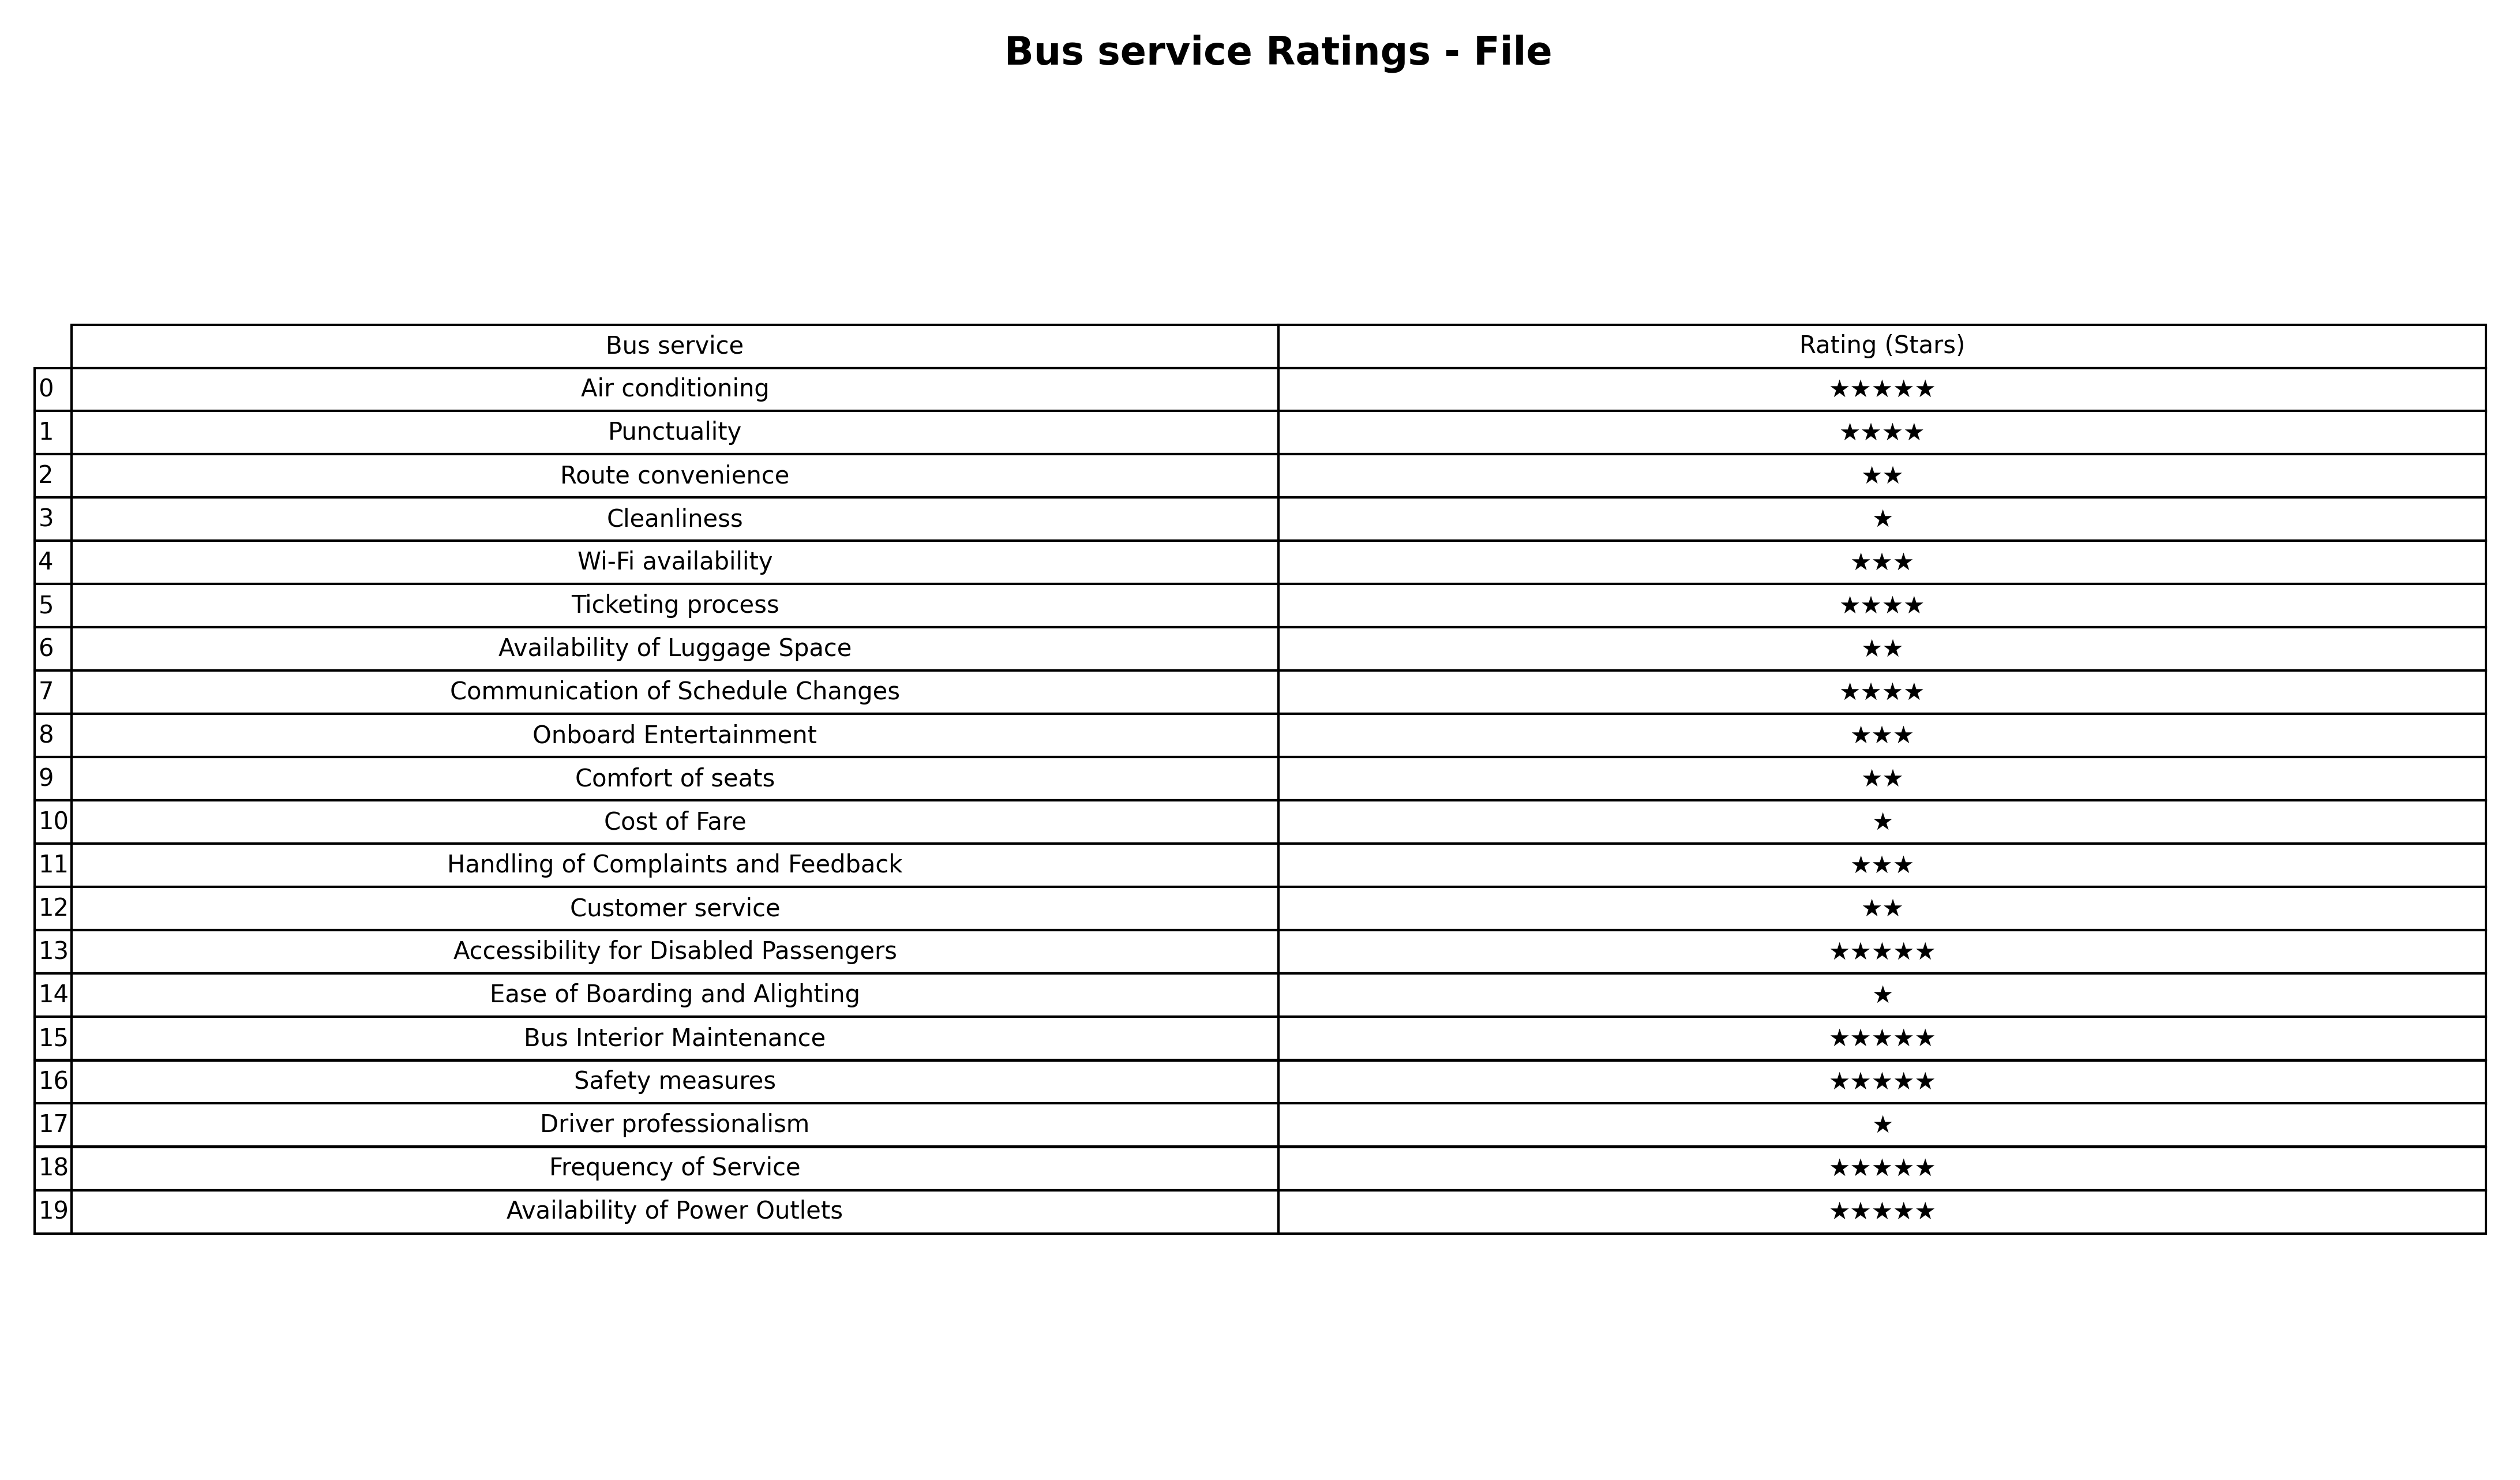
question: What are one star services?
answer: CleanlinessCost of FareEase of Boarding and AlightingDriver professionalism